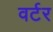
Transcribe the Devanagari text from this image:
वर्टर